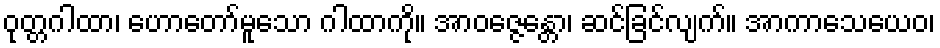
ဝုတ္တဂါထာ၊ ဟောတော်မူသော ဂါထာကို။ အာဝဇ္ဇေန္တော၊ ဆင်ခြင်လျက်။ အာကာသေယေဝ၊